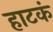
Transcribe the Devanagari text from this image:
हाटकं